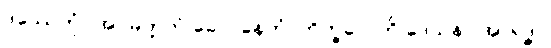
ဒဿေတုံ “အပ္ပမတ္တကံ ခေါ ပနေတံ, ဘိက္ခဝေ”တိ ဒေသနာ အာရဒ္ဓါ။